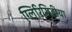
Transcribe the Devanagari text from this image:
ग्लिरिसिडीया